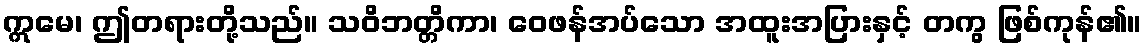
ဣမေ၊ ဤတရားတို့သည်။ သဝိဘတ္တိကာ၊ ဝေဖန်အပ်သော အထူးအပြားနှင့် တကွ ဖြစ်ကုန်၏။